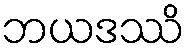
ဘယဒဿိ